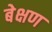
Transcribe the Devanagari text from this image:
बेक्षण